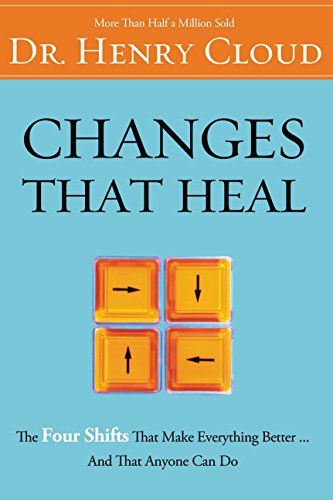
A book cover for Changes That Heal; Henry Cloud; Self-Help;